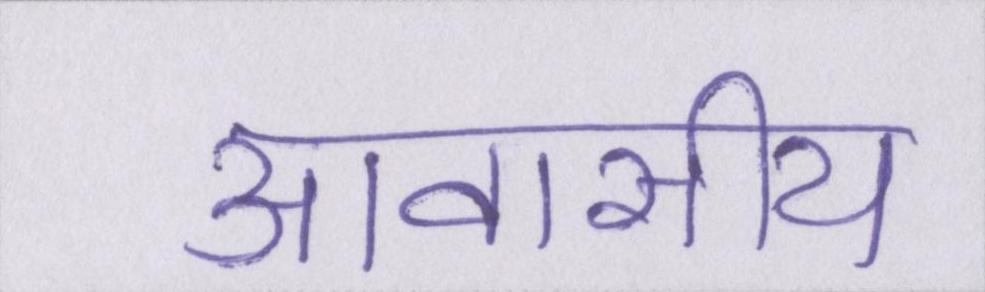
आवासीय